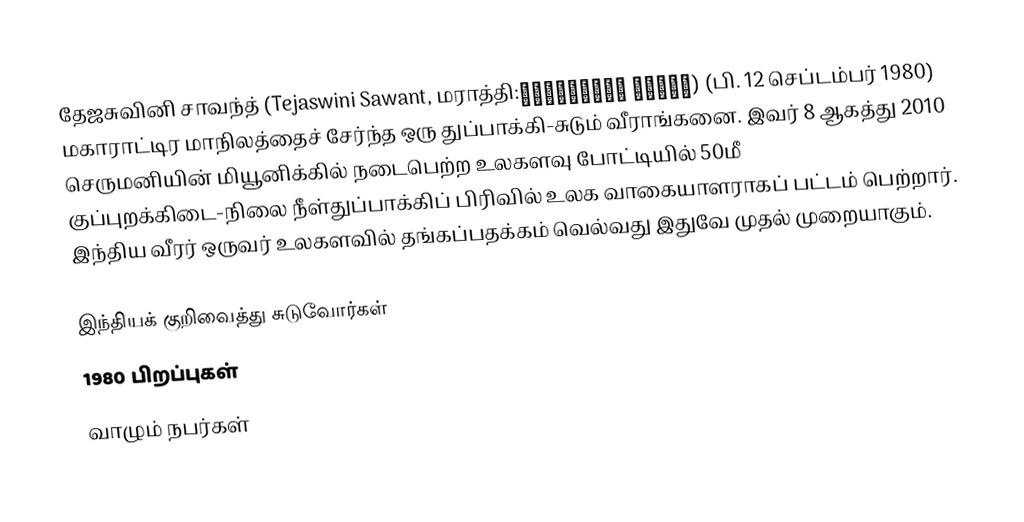
தேஜசுவினி சாவந்த் (Tejaswini Sawant, மராத்தி:तेजस्विनी सावंत) (பி. 12 செப்டம்பர் 1980) மகாராட்டிர மாநிலத்தைச் சேர்ந்த ஒரு துப்பாக்கி-சுடும் வீராங்கனை. இவர் 8 ஆகத்து 2010 செருமனியின் மியூனிக்கில் நடைபெற்ற உலகளவு போட்டியில் 50மீ குப்புறக்கிடை-நிலை நீள்துப்பாக்கிப் பிரிவில் உலக வாகையாளராகப் பட்டம் பெற்றார். இந்திய வீரர் ஒருவர் உலகளவில் தங்கப்பதக்கம் வெல்வது இதுவே முதல் முறையாகும்.

இந்தியக் குறிவைத்து சுடுவோர்கள்
1980 பிறப்புகள்
வாழும் நபர்கள்